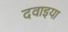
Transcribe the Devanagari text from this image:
दवाइया